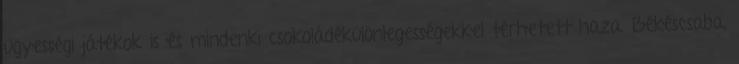
ügyességi játékok is és mindenki csokoládékülönlegességekkel térhetett haza. Békéscsaba,